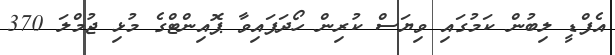
އެފްޑީ ލިބުން ކަމުގައި ވިޔަސް ކުރިން ހޯދަފައިވާ ޕޮއިންޓްގެ މުޅި ޖުމްލަ 370